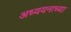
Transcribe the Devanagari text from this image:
अध्ययनाच्या